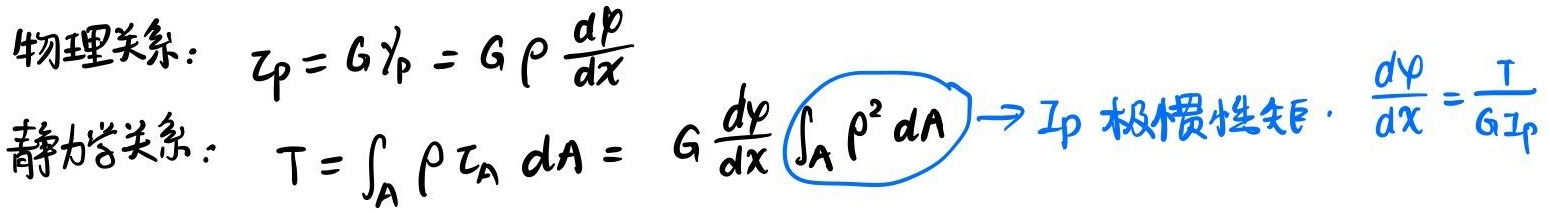
物理关系：\(\tau_{\rho}=G\gamma_{\rho}=G\rho\frac{d\varphi}{dx}\)
静力学关系：\(T = \int_{A} \rho \tau_{A} dA = G\frac{d\varphi}{dx} \int_{A} \rho^{2} dA \rightarrow I_{p}\)（极惯性矩）\(\cdot \frac{d\varphi}{dx}=\frac{T}{GI_{p}}\)